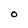
Character: O